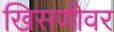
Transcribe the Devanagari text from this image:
खिसणीवर